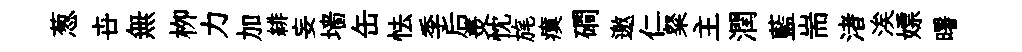
葱卋無栁力加緋妄墙缶怯季后羙忱旄瘼磵邀仁粲主潤藍耑渚涘嫖曙